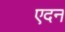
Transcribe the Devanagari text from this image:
एदन